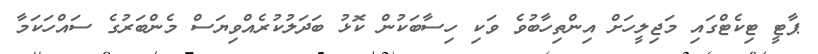
ޕާޓީ ޓިކެޓްގައި މަޖިލީހަށް އިންތިހާބުވެ ވަކި ހިސާބަކުން ކޮޅު ބަދަލުކުރެއްވިޔަސް މެންބަރުގެ ސައްހަކަމާ